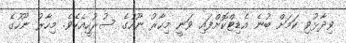
ވިދާޅުވި ކަމަށް ބުނެ އެޑިޓްކޮށްފައި ވަނީ މިހާރު ނޫހުގެ ސުރުހީއެކެވެ. މިހާރު ނޫހުގެ